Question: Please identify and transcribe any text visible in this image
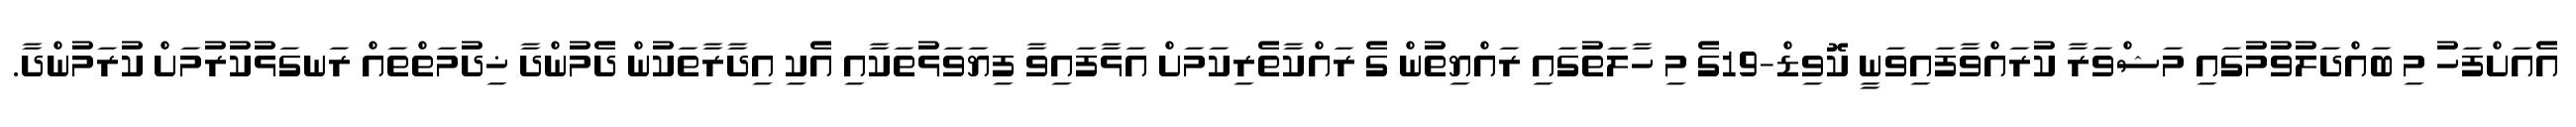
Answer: އެއަށްފަހު މި ބައްދަލުވުމުގައި މަޝްވަރާ ކުރައްވާފައިވަނީ ކޮވިޑް-19ގެ މި ހާލަތުގައި ރައްޔިތުން ގެ ރައްކާތެރިކަމަށް އަޅާފައިވާ ފިޔަވަޅުތަކާއި އެކި އިދާރާތަކުން ދެމުންދާ ޚިދުމަތްތައް ރަނގަޅުކުރުމަށް ކުރަމުންދާ.